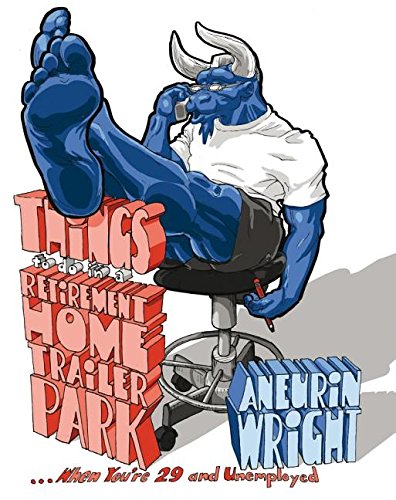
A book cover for Things to Do in a Retirement Home Trailer Park: . . . When You're 29 and Unemployed (Graphic Medicine); Aneurin Wright; Medical Books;